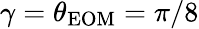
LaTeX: \gamma=\theta_{\mathrm{EOM}}=\pi/8